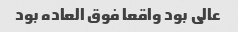
عالی بود واقعا فوق العاده بود